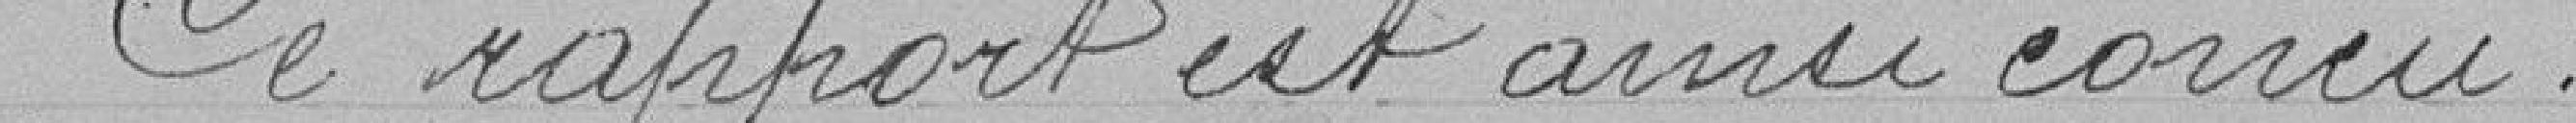
Ce rapport est ainsi connu :